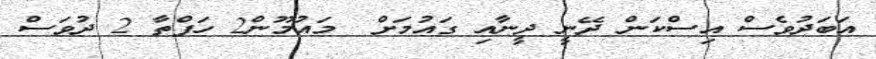
އަބަދުވެސް އިސްކަން ދޭނީ ދީނާއި ގައުމަށް  މައުމޫން2 ހަފްތާ 2 ދުވަސް